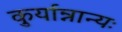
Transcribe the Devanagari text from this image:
कुर्यान्नान्यः